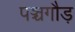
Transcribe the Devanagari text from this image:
पञ्चगौड़